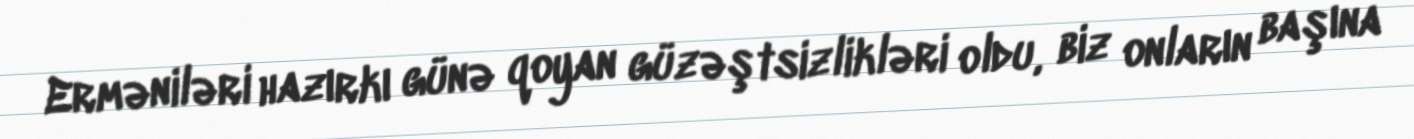
Erməniləri hazırkı günə qoyan güzəştsizlikləri oldu, biz onların başına